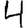
Digit: 4